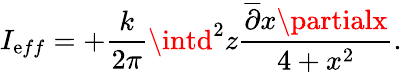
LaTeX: I_{\mathrm{e}ff}=+\frac{{k}}{{2\pi}}\intd^{2}z\frac{{\overline{{{{\partial}}}}x\partialx}}{{4+x^{2}}}.